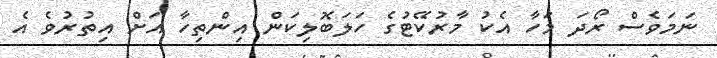
ނަމަވެސް ރޯދަ މަހާ އެކު މާރުކޭޓުގެ ހަލަބޮލިކަން އިންތިހާ އަށް އިތުރުވެ އެ